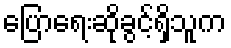
ပြောရေးဆိုခွင့်ရှိသူက